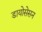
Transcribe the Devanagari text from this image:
डायोसेसन